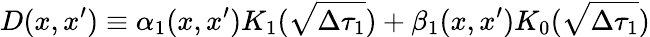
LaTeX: D(x,x^{\prime})\equiv\alpha_{1}(x,x^{\prime})K_{1}(\sqrt{\Delta\tau_{1}})+\beta_{1}(x,x^{\prime})K_{0}(\sqrt{\Delta\tau_{1}})